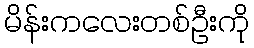
မိန်းကလေးတစ်ဦးကို